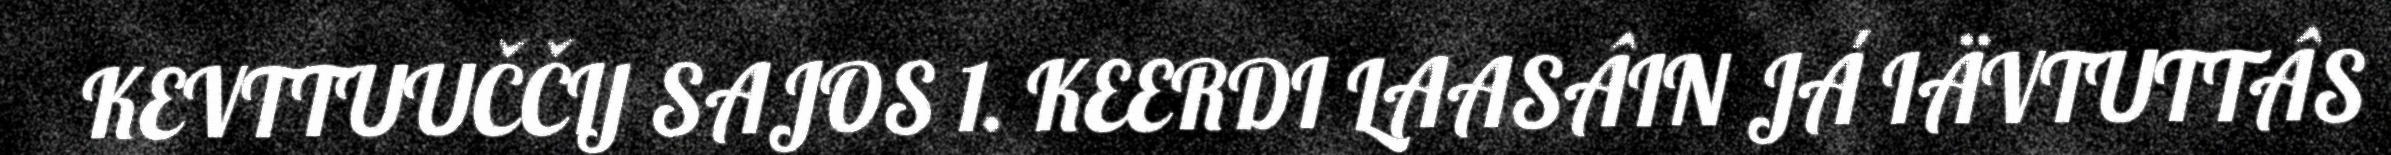
KEVTTUUČČIJ SAJOS 1. KEERDI LAASÂIN JÁ IÄVTUTTÂS